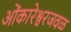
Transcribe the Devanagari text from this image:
ओंकारेश्वरजवळ